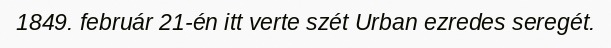
1849. február 21-én itt verte szét Urban ezredes seregét.